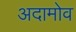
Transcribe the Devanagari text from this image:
अदामोव